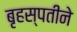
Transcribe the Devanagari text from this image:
बृहस्पतीने